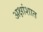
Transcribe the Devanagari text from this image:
अक्षांशात